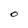
Character: 0